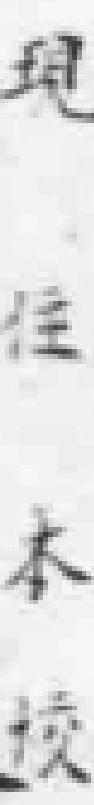
现住本校